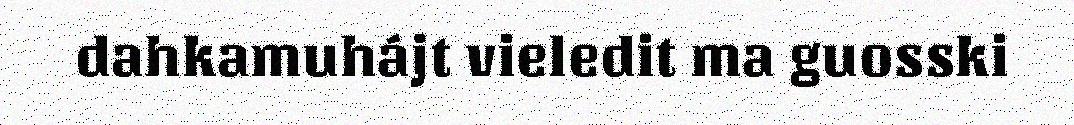
dahkamuhájt vieledit ma guosski